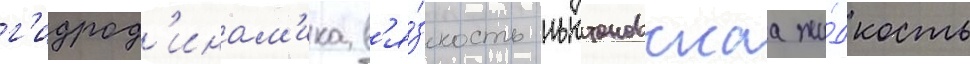
г'идрод'инам'ика в'я́зкость ньютоновскаа жи́дкость